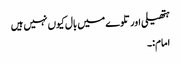
ہتھیلی اور تلوے میں بال کیوں نہیں ہیں
امام:۔